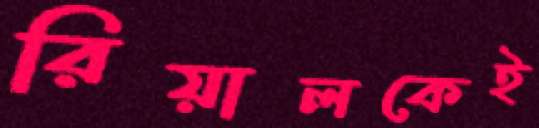
রিয়ালকেই